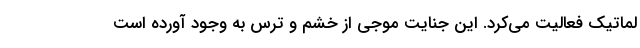
لماتیک فعالیت می‌کرد. این جنایت موجی از خشم و ترس به وجود آورده است